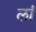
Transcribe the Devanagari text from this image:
लां